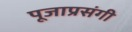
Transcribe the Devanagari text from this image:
पूजाप्रसंगी